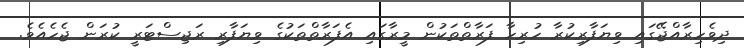
ދިވެހިރާއްޖޭގައި ވިޔަފާރިކުރާ ހުރިހާ ފަރާތްތަކުން މީރާގައި އެފަރާތްތަކުގެ ވިޔަފާރި ރަޖިސްޓަރީ ކުރަން ޖެހެއެވެ.